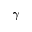
\gamma